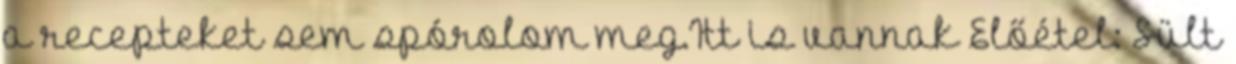
a recepteket sem spórolom meg.Itt is vannak Előétel: Sült